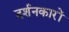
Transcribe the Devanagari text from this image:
दर्शनकारों